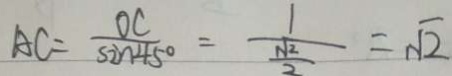
A C = \frac { O C } { \sin 4 5 ^ { \circ } } = \frac { 1 } { \frac { \sqrt { 2 } } { 2 } } = \sqrt { 2 }